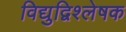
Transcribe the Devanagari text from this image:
विद्युद्विश्लेषक